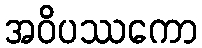
အဝိပဿကော